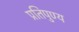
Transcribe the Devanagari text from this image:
प्रतिपुण्य